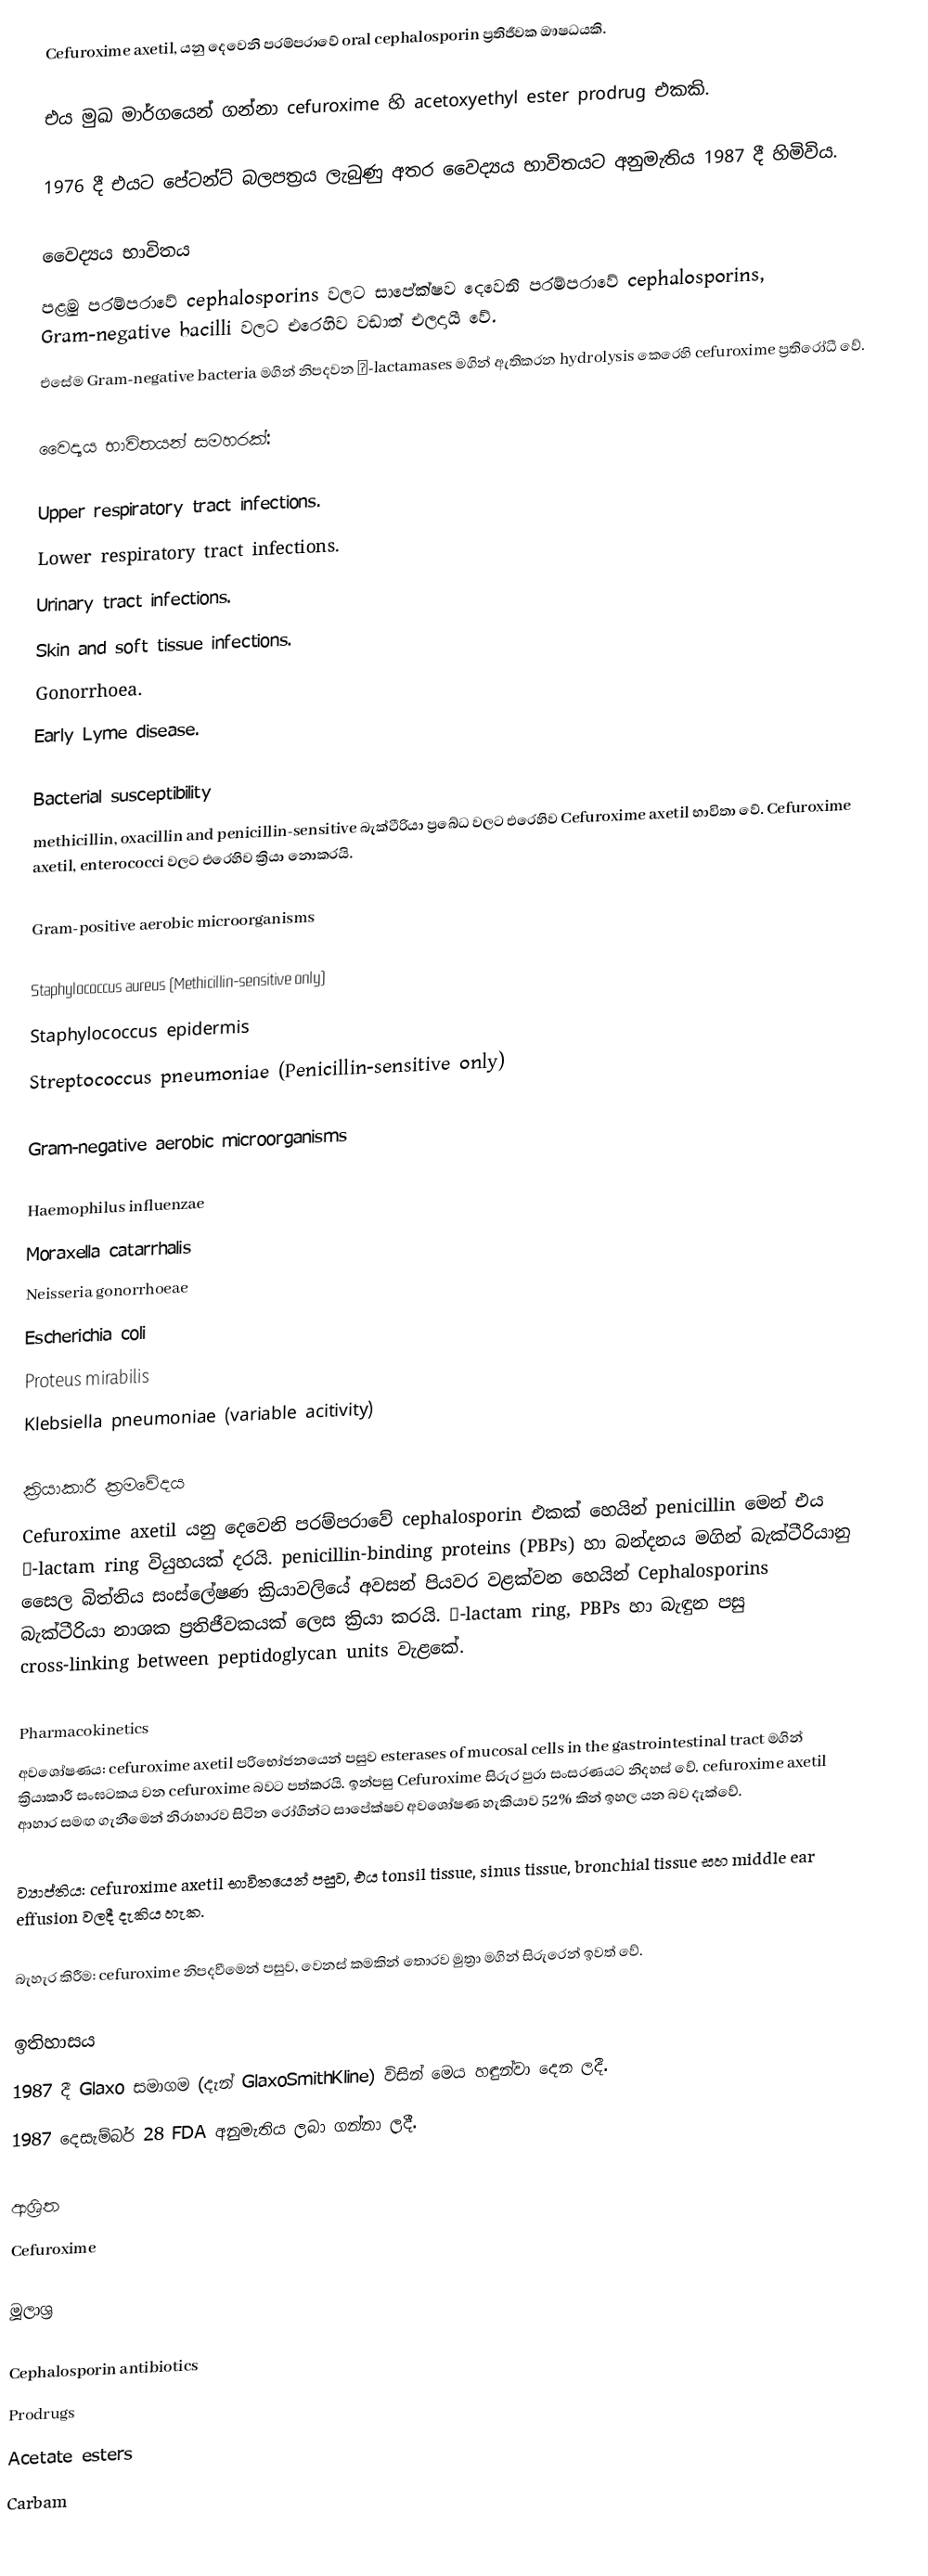
Cefuroxime axetil, යනු දෙවෙනි පරම්පරාවේ oral cephalosporin ප්‍රතිජීවක ඖෂධයකි.

එය මුඛ මාර්ගයෙන් ගන්නා cefuroxime හි acetoxyethyl ester prodrug එකකි.

1976 දී එයට පේටන්ට් බලපත්‍රය ලැබුණු අතර වෛද්‍යය භාවිතයට අනුමැතිය 1987 දී හිමිවිය.

වෛද්‍යය භාවිතය
පළමු පරම්පරාවේ cephalosporins වලට සාපේක්ෂව දෙවෙනි පරම්පරාවේ cephalosporins, Gram-negative bacilli වලට එරෙහිව වඩාත් එලදායී වේ.
එසේම Gram-negative bacteria මගින් නිපදවන β-lactamases මගින් ඇතිකරන hydrolysis කෙරෙහි cefuroxime ප්‍රතිරෝධී වේ.

වෛද්‍යය භාවිතයන් සමහරක්:

Upper respiratory tract infections.
Lower respiratory tract infections.
Urinary tract infections.
Skin and soft tissue infections.
Gonorrhoea.
Early Lyme disease.

Bacterial susceptibility
methicillin, oxacillin and penicillin-sensitive බැක්ටීරියා ප්‍රබේධ වලට එරෙහිව Cefuroxime axetil භාවිතා වේ. Cefuroxime axetil, enterococci වලට එරෙහිව ක්‍රියා නොකරයි.

Gram-positive aerobic microorganisms

Staphylococcus aureus (Methicillin-sensitive only)
Staphylococcus epidermis
Streptococcus pneumoniae (Penicillin-sensitive only)

Gram-negative aerobic microorganisms

Haemophilus influenzae
Moraxella catarrhalis
Neisseria gonorrhoeae
Escherichia coli
Proteus mirabilis
Klebsiella pneumoniae (variable acitivity)

ක්‍රියාකාරී ක්‍රමවේදය
Cefuroxime axetil යනු දෙවෙනි පරම්පරාවේ cephalosporin එකක් හෙයින් penicillin මෙන් එය β-lactam ring වියුහයක් දරයි. penicillin-binding proteins (PBPs) හා බන්දනය මගින් බැක්ටීරියානු සෛල බිත්තිය සංස්ලේෂණ ක්‍රියාවලියේ අවසන් පියවර වළක්වන හෙයින් Cephalosporins බැක්ටීරියා නාශක ප්‍රතිජීවකයක් ලෙස ක්‍රියා කරයි. β-lactam ring, PBPs හා බැඳුන පසු cross-linking between peptidoglycan units වැළකේ.

Pharmacokinetics
අවශෝෂණය: cefuroxime axetil පරිභෝජනයෙන් පසුව esterases of mucosal cells in the gastrointestinal tract මගින් ක්‍රියාකාරී සංඝටකය වන cefuroxime බවට පත්කරයි. ඉන්පසු Cefuroxime සිරුර පුරා සංසරණයට නිදහස් වේ. cefuroxime axetil ආහාර සමඟ ගැනීමෙන් නිරාහාරව සිටින රෝගීන්ට සාපේක්ෂව අවශෝෂණ හැකියාව 52% කින් ඉහල යන බව දැක්වේ.

ව්‍යාප්තිය: cefuroxime axetil භාවිතයෙන් පසුව, එය tonsil tissue, sinus tissue, bronchial tissue සහ middle ear effusion වලදී දැකිය හැක.

බැහැර කිරීම: cefuroxime නිපදවීමෙන් පසුව, වෙනස් කමකින් තොරව මුත්‍රා මගින් සිරුරෙන් ඉවත් වේ.

ඉතිහාසය
1987 දී Glaxo සමාගම (දැන් GlaxoSmithKline) විසින් මෙය හඳුන්වා දෙන ලදී.
1987 දෙසැම්බර් 28 FDA අනුමැතිය ලබා ගන්නා ලදී.

ආශ්‍රිත
Cefuroxime

මූලාශ්‍ර

Cephalosporin antibiotics
Prodrugs
Acetate esters
Carbam